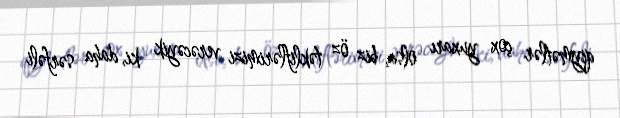
qiymətlər çox yuxarı olsa, biz öz təkliflərimizi verəcəyik ki, daha sərfəli